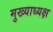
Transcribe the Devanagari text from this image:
मुख्याध्यक्ष